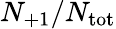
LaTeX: N_{+1}/N_{\mathrm{{tot}}}